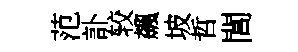
范訃较飆坡哲閭